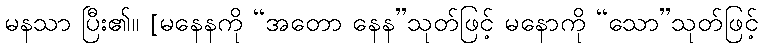
မနသာ ပြီး၏။ [မနေနကို “အတော နေန”သုတ်ဖြင့် မနောကို “သော”သုတ်ဖြင့်